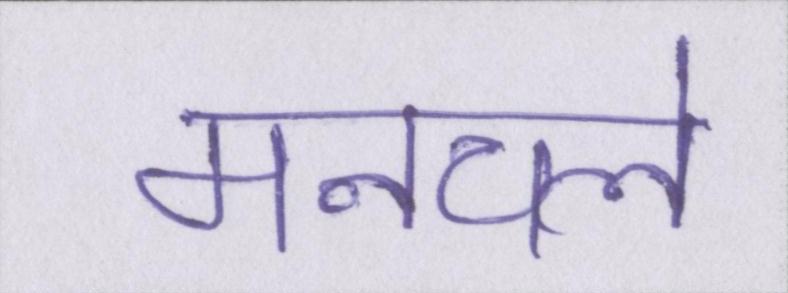
मनचले